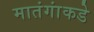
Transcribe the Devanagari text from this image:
मातंगांकडे